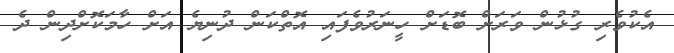
އެކުވެރި ގުޅުން ވަރަށް ބޮޑަށް ހީނަރުވެފައި އޮތްކަން ދުނިޔެ އަށް ހާމަކޮށްދިން ދެ